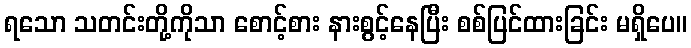
ရသော သတင်းတို့ကိုသာ စောင့်စား နားစွင့်နေပြီး စစ်ပြင်ထားခြင်း မရှိပေ။